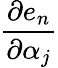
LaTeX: \frac{\partial e_{n}}{\partial\alpha_{j}}